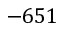
- 6 5 1